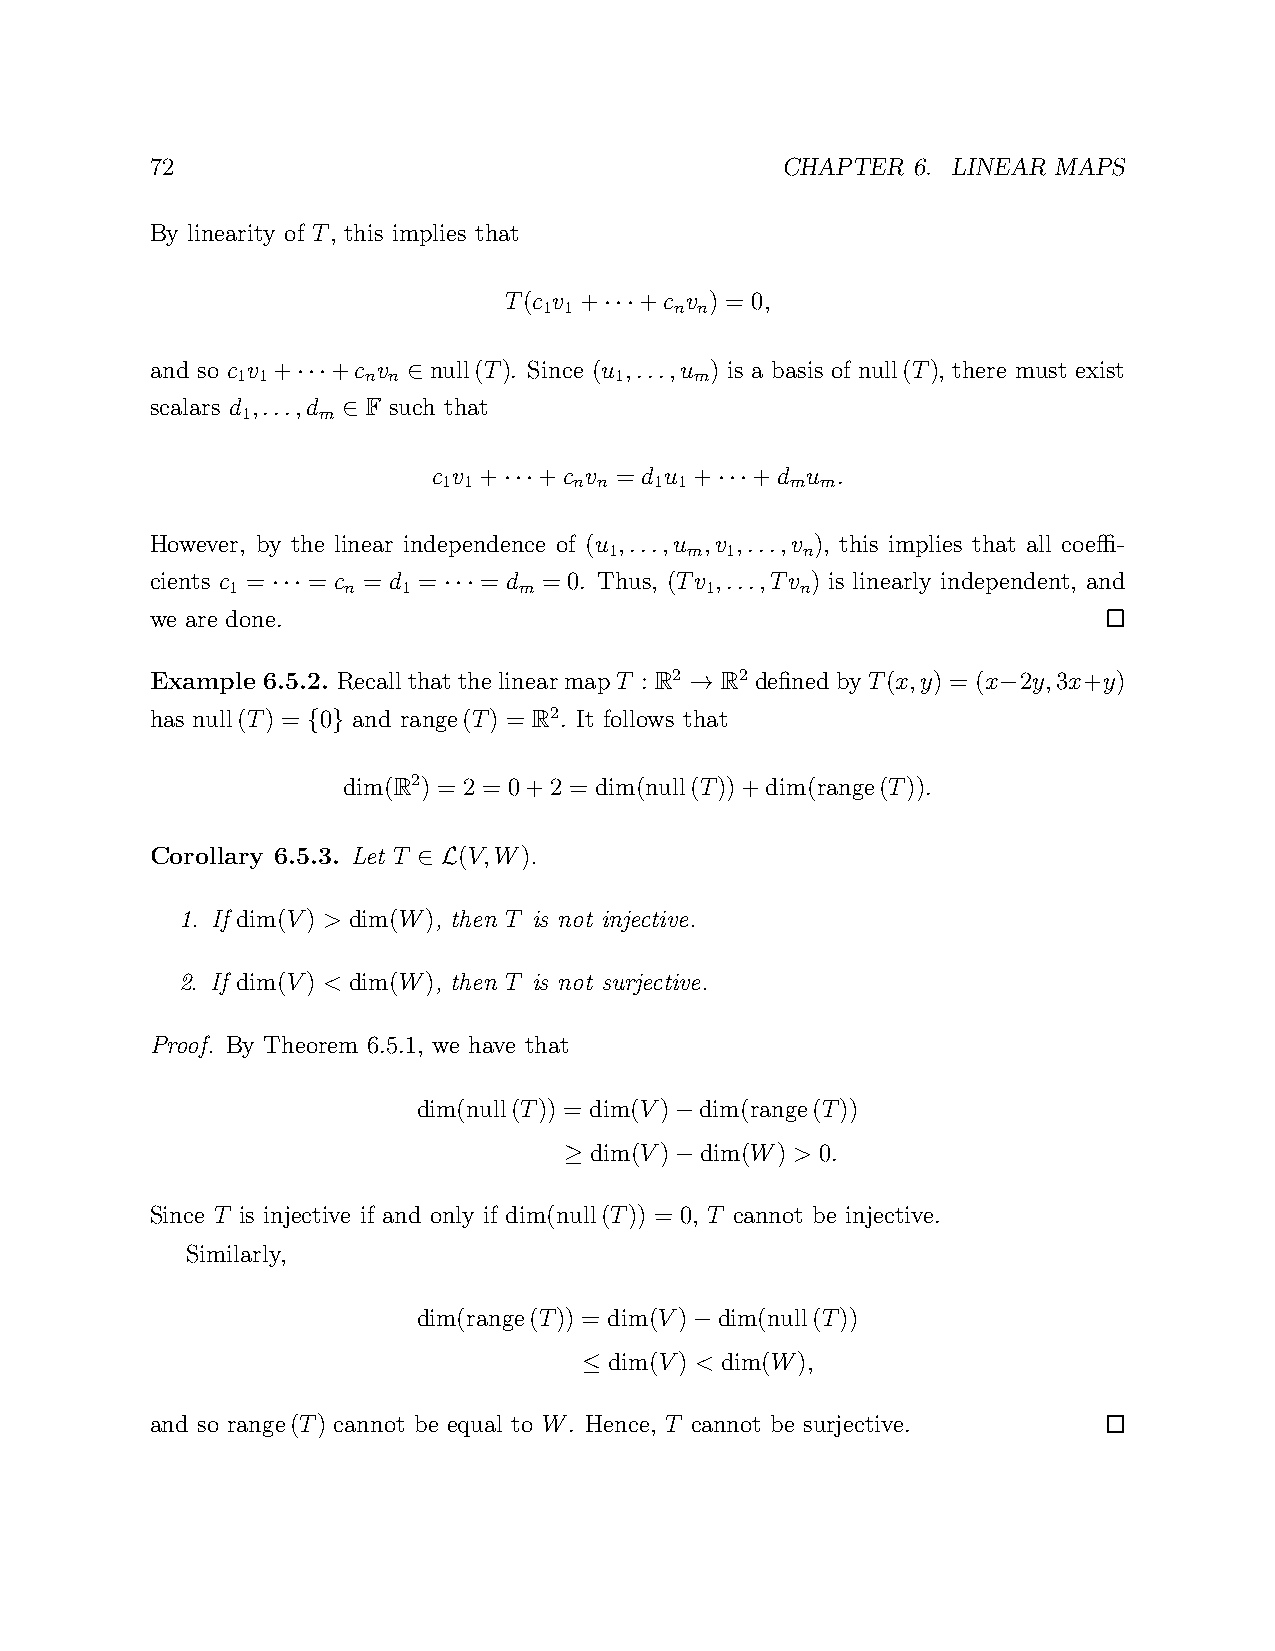
72                                        CHAPTER 6. LINEAR MAPS
 By linearity of T, this implies that
 T(c v +  +c v ) = 0,
 1 1      n n
 ···
 and so c v + +c v null(T). Since (u ,...,u ) is a basis of null(T), there must exist
 1 1     n n              1    m
 ···    ∈
 scalars d ,...,d F such that
 1    m
 ∈
 c v +  +c v = d u +  +d u .
 1 1      n n  1 1      m m
 ···            ···
 However, by the linear independence of (u ,...,u ,v ,...,v ), this implies that all coeffi-
 1    m  1    n
 cients c = = c = d =  = d = 0. Thus, (Tv ,...,Tv ) is linearly independent, and
 1       n   1      m            1     n
 ···        ···
 we are done.
 Example 6.5.2. RecallthatthelinearmapT : R2 R2 definedbyT(x,y) = (x 2y,3x+y)
 →                   −
 has null(T) = 0 and range(T) = R2. It follows that
 { }
 dim(R2) = 2 = 0+2 = dim(null(T))+dim(range(T)).
 Corollary 6.5.3. Let T (V,W).
 ∈ L
 1. If dim(V) > dim(W), then T is not injective.
 2. If dim(V) < dim(W), then T is not surjective.
 Proof. By Theorem 6.5.1, we have that
 dim(null(T)) = dim(V) dim(range(T))
 −
 dim(V) dim(W) > 0.
 ≥       −
 Since T is injective if and only if dim(null(T)) = 0, T cannot be injective.
 Similarly,
 dim(range(T)) = dim(V) dim(null(T))
 −
 dim(V) < dim(W),
 ≤
 and so range(T) cannot be equal to W. Hence, T cannot be surjective.